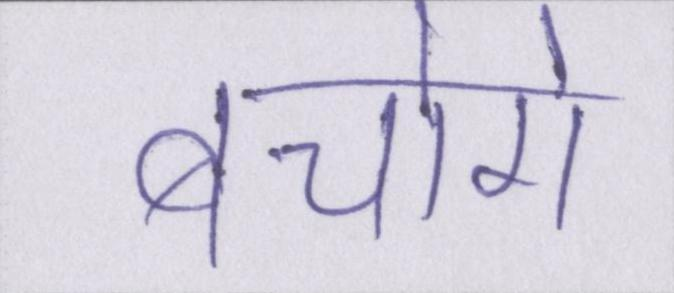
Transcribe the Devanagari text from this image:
बचोगे